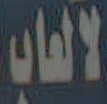
لالعاب